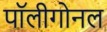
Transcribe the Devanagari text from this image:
पॉलीगोनल